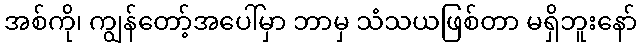
အစ်ကို၊ ကျွန်တော့်အပေါ်မှာ ဘာမှ သံသယဖြစ်တာ မရှိဘူးနော်